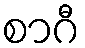
စာဂီ